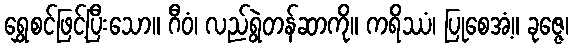
ရွှေစင်ဖြင့်ပြီးသော။ ဂီဝံ၊ လည်ရွဲတန်ဆာကို။ ကရိဿံ၊ ပြုစေအံ့။ ခုဇ္ဇေ၊